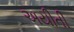
અયીતી